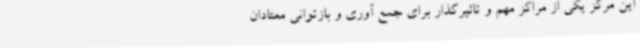
این مرکز یکی از مراکز مهم و تاثیرگذار برای جمع آوری و بازتوانی معتادان